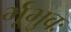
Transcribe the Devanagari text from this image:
र्भूभुवः